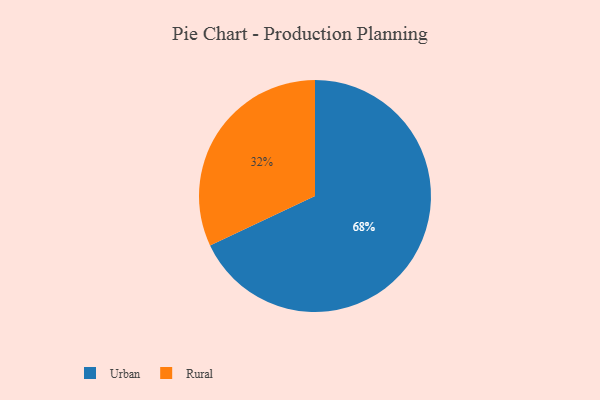
{"axis": {"x": "Category", "y": "Percentage"}, "legend": ["Rural", "Urban"], "data": [{"x": "Rural", "y": 32, "type": "Rural"}, {"x": "Urban", "y": 68, "type": "Urban"}]}